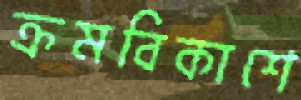
ক্রমবিকাশে